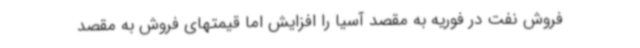
فروش نفت در فوریه به مقصد آسیا را افزایش اما قیمتهای فروش به مقصد